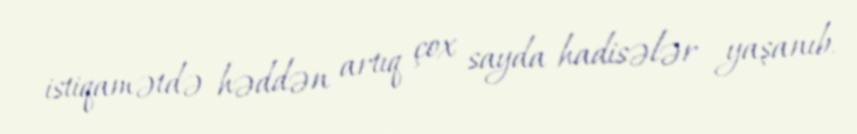
istiqamətdə həddən artıq çox sayda hadisələr yaşanıb.